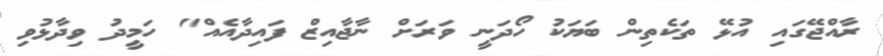
ރާއްޖޭގައި އުޅޭ ތަކެތިން ބަޔަކު ހޯދަނީ ވަރަށް ނާޖާއިޒް ފައިދާއެއް" ހަމީދު ވިދާޅުވި